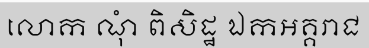
លោក ណុំ ពិសិដ្ឋ ឯកអគ្គរាជ